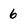
Character: 6